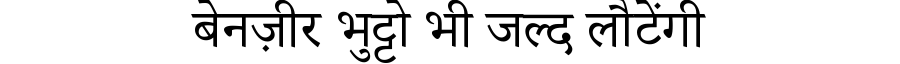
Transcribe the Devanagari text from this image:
बेनज़ीर भुट्टो भी जल्द लौटेंगी